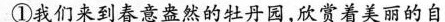
①我们来到春意盎然的牡丹园，欣赏着美丽的自